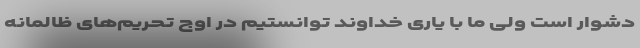
دشوار است ولی ما با یاری خداوند توانستیم در اوج تحریم‌های ظالمانه